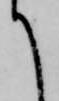
て